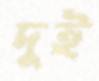
দুই